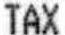
TAX